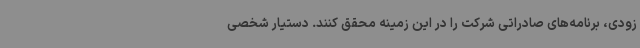
زودی، برنامه‌های صادراتی شرکت را در این زمینه محقق کنند. دستیار شخصی